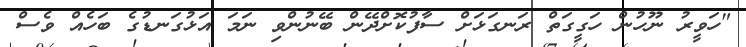
"ހަވީރު ނޫހުން ހަގީގަތް ރަނގަޅަށް ސާފުކޮށްދޭން ބޭނުންވި ނަމަ އަޅުގަނޑުގެ ބަހެއް ވެސް